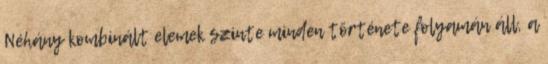
Néhány kombinált elemek szinte minden története folyamán áll, a